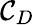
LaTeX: \mathcal{C}_{D}